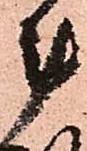
計